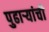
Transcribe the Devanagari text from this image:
पुढाऱ्यांची